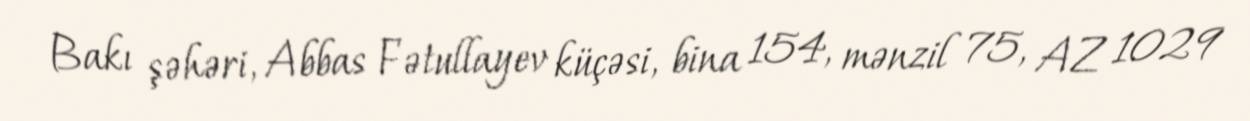
Bakı şəhəri, Abbas Fətullayev küçəsi, bina 154, mənzil 75, AZ 1029